Leaving Certificate Examination (including Day School Certificate (Higher) General paper), 1933
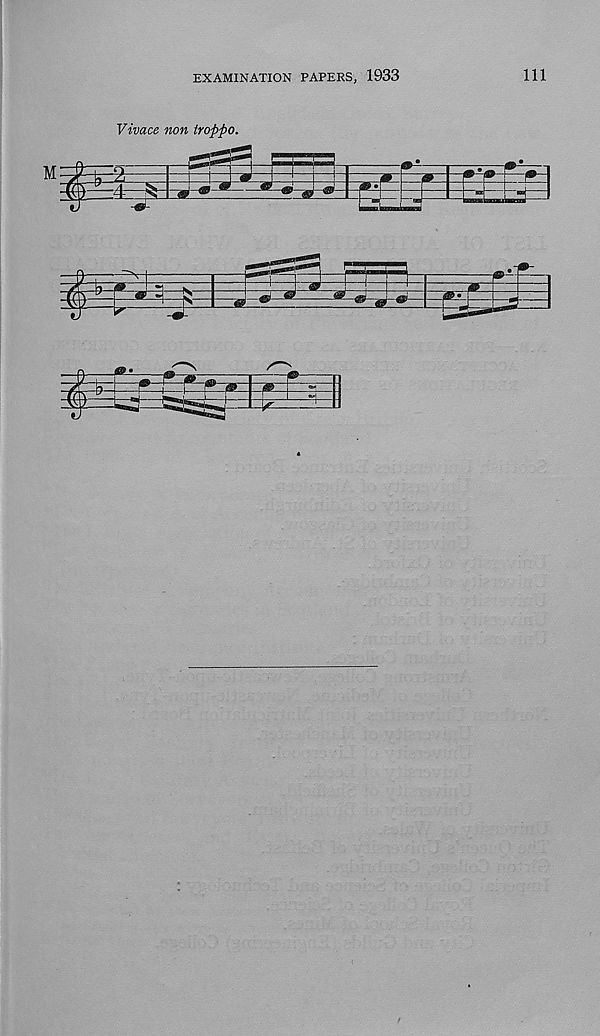
EXAMINATION PAPERS, 1933
111
Vivace non troppo.